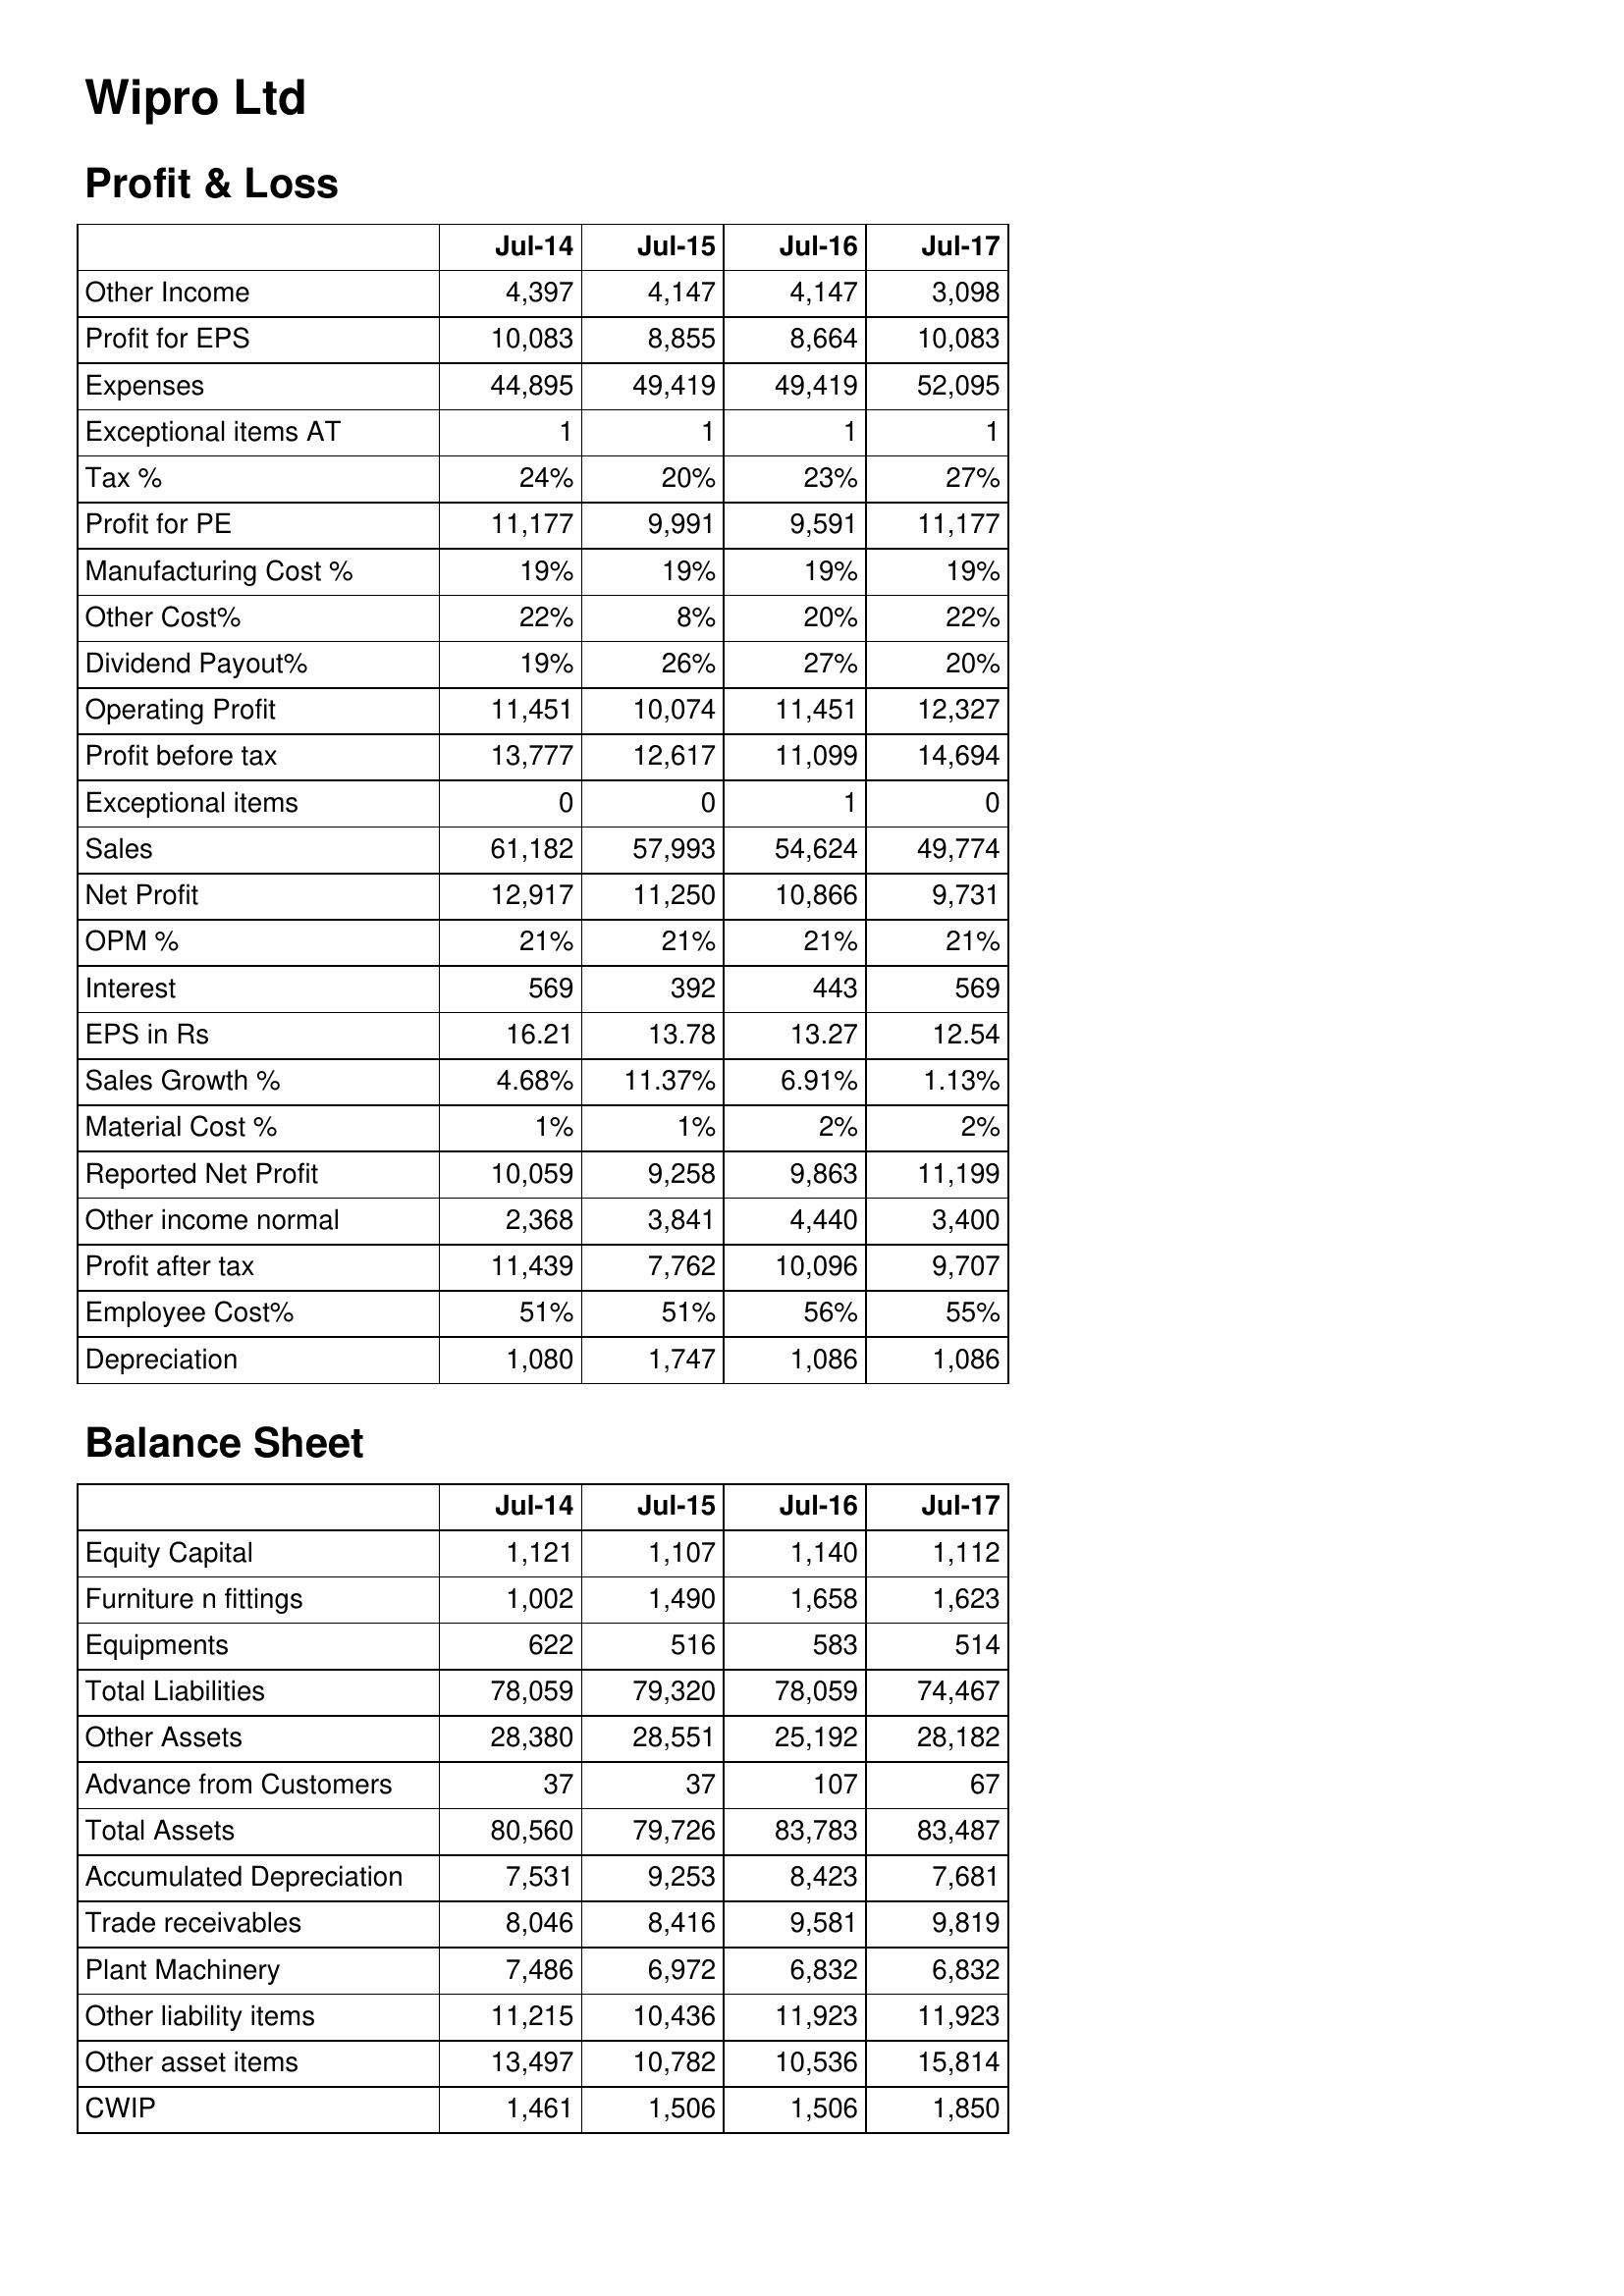
Jul-14: Profit & Loss: Other Income: 4,397
Profit for EPS: 10,083
Expenses: 44,895
Exceptional items AT: 1
Tax %: 24%
Profit for PE: 11,177
Manufacturing Cost %: 19%
Other Cost%: 22%
Dividend Payout%: 19%
Operating Profit: 11,451
Profit before tax: 13,777
Exceptional items: 0
Sales: 61,182
Net Profit: 12,917
OPM %: 21%
Interest: 569
EPS in Rs: 16.21
Sales Growth %: 4.68%
Material Cost %: 1%
Reported Net Profit: 10,059
Other income normal: 2,368
Profit after tax: 11,439
Employee Cost%: 51%
Depreciation: 1,080
Balance Sheet: Equity Capital: 1,121
Furniture n fittings: 1,002
Equipments: 622
Total Liabilities: 78,059
Other Assets: 28,380
Advance from Customers: 37
Total Assets: 80,560
Accumulated Depreciation: 7,531
Trade receivables: 8,046
Plant Machinery: 7,486
Other liability items: 11,215
Other asset items: 13,497
CWIP: 1,461
Jul-15: Profit & Loss: Other Income: 4,147
Profit for EPS: 8,855
Expenses: 49,419
Exceptional items AT: 1
Tax %: 20%
Profit for PE: 9,991
Manufacturing Cost %: 19%
Other Cost%: 8%
Dividend Payout%: 26%
Operating Profit: 10,074
Profit before tax: 12,617
Exceptional items: 0
Sales: 57,993
Net Profit: 11,250
OPM %: 21%
Interest: 392
EPS in Rs: 13.78
Sales Growth %: 11.37%
Material Cost %: 1%
Reported Net Profit: 9,258
Other income normal: 3,841
Profit after tax: 7,762
Employee Cost%: 51%
Depreciation: 1,747
Balance Sheet: Equity Capital: 1,107
Furniture n fittings: 1,490
Equipments: 516
Total Liabilities: 79,320
Other Assets: 28,551
Advance from Customers: 37
Total Assets: 79,726
Accumulated Depreciation: 9,253
Trade receivables: 8,416
Plant Machinery: 6,972
Other liability items: 10,436
Other asset items: 10,782
CWIP: 1,506
Jul-16: Profit & Loss: Other Income: 4,147
Profit for EPS: 8,664
Expenses: 49,419
Exceptional items AT: 1
Tax %: 23%
Profit for PE: 9,591
Manufacturing Cost %: 19%
Other Cost%: 20%
Dividend Payout%: 27%
Operating Profit: 11,451
Profit before tax: 11,099
Exceptional items: 1
Sales: 54,624
Net Profit: 10,866
OPM %: 21%
Interest: 443
EPS in Rs: 13.27
Sales Growth %: 6.91%
Material Cost %: 2%
Reported Net Profit: 9,863
Other income normal: 4,440
Profit after tax: 10,096
Employee Cost%: 56%
Depreciation: 1,086
Balance Sheet: Equity Capital: 1,140
Furniture n fittings: 1,658
Equipments: 583
Total Liabilities: 78,059
Other Assets: 25,192
Advance from Customers: 107
Total Assets: 83,783
Accumulated Depreciation: 8,423
Trade receivables: 9,581
Plant Machinery: 6,832
Other liability items: 11,923
Other asset items: 10,536
CWIP: 1,506
Jul-17: Profit & Loss: Other Income: 3,098
Profit for EPS: 10,083
Expenses: 52,095
Exceptional items AT: 1
Tax %: 27%
Profit for PE: 11,177
Manufacturing Cost %: 19%
Other Cost%: 22%
Dividend Payout%: 20%
Operating Profit: 12,327
Profit before tax: 14,694
Exceptional items: 0
Sales: 49,774
Net Profit: 9,731
OPM %: 21%
Interest: 569
EPS in Rs: 12.54
Sales Growth %: 1.13%
Material Cost %: 2%
Reported Net Profit: 11,199
Other income normal: 3,400
Profit after tax: 9,707
Employee Cost%: 55%
Depreciation: 1,086
Balance Sheet: Equity Capital: 1,112
Furniture n fittings: 1,623
Equipments: 514
Total Liabilities: 74,467
Other Assets: 28,182
Advance from Customers: 67
Total Assets: 83,487
Accumulated Depreciation: 7,681
Trade receivables: 9,819
Plant Machinery: 6,832
Other liability items: 11,923
Other asset items: 15,814
CWIP: 1,850